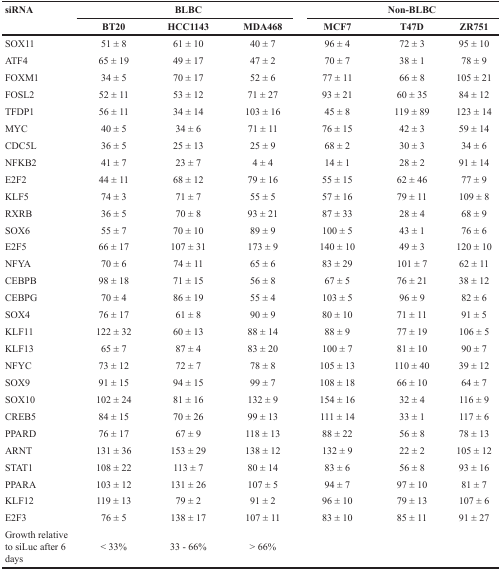
<table><thead><tr><td rowspan="2"><b>siRNA</b></td><td colspan="3"><b>BLBC</b></td><td colspan="3"><b>Non-BLBC</b></td></tr><tr><td><b>BT20</b></td><td><b>HCC1143</b></td><td><b>MDA468</b></td><td><b>MCF7</b></td><td><b>T47D</b></td><td><b>ZR751</b></td></tr></thead><tbody><tr><td>SOX11</td><td>51 ± 8</td><td>61 ± 10</td><td>40 ± 7</td><td>96 ± 4</td><td>72 ± 3</td><td>95 ± 10</td></tr><tr><td>ATF4</td><td>65 ± 19</td><td>49 ± 17</td><td>47 ± 2</td><td>70 ± 7</td><td>38 ± 1</td><td>78 ± 9</td></tr><tr><td>FOXM1</td><td>34 ± 5</td><td>70 ± 17</td><td>52 ± 6</td><td>77 ± 11</td><td>66 ± 8</td><td>105 ± 21</td></tr><tr><td>FOSL2</td><td>52 ± 11</td><td>53 ± 12</td><td>71 ± 27</td><td>93 ± 21</td><td>60 ± 35</td><td>84 ± 12</td></tr><tr><td>TFDP1</td><td>56 ± 11</td><td>34 ± 14</td><td>103 ± 16</td><td>45 ± 8</td><td>119 ± 89</td><td>123 ± 14</td></tr><tr><td>MYC</td><td>40 ± 5</td><td>34 ± 6</td><td>71 ± 11</td><td>76 ± 15</td><td>42 ± 3</td><td>59 ± 14</td></tr><tr><td>CDC5L</td><td>36 ± 5</td><td>25 ± 13</td><td>25 ± 9</td><td>68 ± 2</td><td>30 ± 3</td><td>34 ± 6</td></tr><tr><td>NFKB2</td><td>41 ± 7</td><td>23 ± 7</td><td>4 ± 4</td><td>14 ± 1</td><td>28 ± 2</td><td>91 ± 14</td></tr><tr><td>E2F2</td><td>44 ± 11</td><td>68 ± 12</td><td>79 ± 16</td><td>55 ± 15</td><td>62 ± 46</td><td>77 ± 9</td></tr><tr><td>KLF5</td><td>74 ± 3</td><td>71 ± 7</td><td>55 ± 5</td><td>57 ± 16</td><td>79 ± 11</td><td>109 ± 8</td></tr><tr><td>RXRB</td><td>36 ± 5</td><td>70 ± 8</td><td>93 ± 21</td><td>87 ± 33</td><td>28 ± 4</td><td>68 ± 9</td></tr><tr><td>SOX6</td><td>55 ± 7</td><td>70 ± 10</td><td>89 ± 9</td><td>100 ± 5</td><td>43 ± 1</td><td>76 ± 6</td></tr><tr><td>E2F5</td><td>66 ± 17</td><td>107 ± 31</td><td>173 ± 9</td><td>140 ± 10</td><td>49 ± 3</td><td>120 ± 10</td></tr><tr><td>NFYA</td><td>70 ± 6</td><td>74 ± 11</td><td>65 ± 6</td><td>83 ± 29</td><td>101 ± 7</td><td>62 ± 11</td></tr><tr><td>CEBPB</td><td>98 ± 18</td><td>71 ± 15</td><td>56 ± 8</td><td>67 ± 5</td><td>76 ± 21</td><td>38 ± 12</td></tr><tr><td>CEBPG</td><td>70 ± 4</td><td>86 ± 19</td><td>55 ± 4</td><td>103 ± 5</td><td>96 ± 9</td><td>82 ± 6</td></tr><tr><td>SOX4</td><td>76 ± 17</td><td>61 ± 8</td><td>90 ± 9</td><td>80 ± 10</td><td>71 ± 11</td><td>91 ± 5</td></tr><tr><td>KLF11</td><td>122 ± 32</td><td>60 ± 13</td><td>88 ± 14</td><td>88 ± 9</td><td>77 ± 19</td><td>106 ± 5</td></tr><tr><td>KLF13</td><td>65 ± 7</td><td>87 ± 4</td><td>83 ± 20</td><td>100 ± 7</td><td>81 ± 10</td><td>90 ± 7</td></tr><tr><td>NFYC</td><td>73 ± 12</td><td>72 ± 7</td><td>78 ± 8</td><td>105 ± 13</td><td>110 ± 40</td><td>39 ± 12</td></tr><tr><td>SOX9</td><td>91 ± 15</td><td>94 ± 15</td><td>99 ± 7</td><td>108 ± 18</td><td>66 ± 10</td><td>64 ± 7</td></tr><tr><td>SOX10</td><td>102 ± 24</td><td>81 ± 16</td><td>132 ± 9</td><td>154 ± 16</td><td>32 ± 4</td><td>116 ± 9</td></tr><tr><td>CREB5</td><td>84 ± 15</td><td>70 ± 26</td><td>99 ± 13</td><td>111 ± 14</td><td>33 ± 1</td><td>117 ± 6</td></tr><tr><td>PPARD</td><td>76 ± 17</td><td>67 ± 9</td><td>118 ± 13</td><td>88 ± 22</td><td>56 ± 8</td><td>78 ± 13</td></tr><tr><td>ARNT</td><td>131 ± 36</td><td>153 ± 29</td><td>138 ± 12</td><td>132 ± 9</td><td>22 ± 2</td><td>105 ± 12</td></tr><tr><td>STAT1</td><td>108 ± 22</td><td>113 ± 7</td><td>80 ± 14</td><td>83 ± 6</td><td>56 ± 8</td><td>93 ± 16</td></tr><tr><td>PPARA</td><td>103 ± 12</td><td>131 ± 26</td><td>107 ± 5</td><td>94 ± 7</td><td>97 ± 10</td><td>81 ± 7</td></tr><tr><td>KLF12</td><td>119 ± 13</td><td>79 ± 2</td><td>91 ± 2</td><td>96 ± 10</td><td>79 ± 13</td><td>107 ± 6</td></tr><tr><td>E2F3</td><td>76 ± 5</td><td>138 ± 17</td><td>107 ± 11</td><td>83 ± 10</td><td>85 ± 11</td><td>91 ± 27</td></tr><tr><td>Growth relative to siLuc after 6 days</td><td>&lt; 33%</td><td>33 - 66%</td><td>&gt; 66%</td><td></td><td></td><td></td></tr></tbody></table>